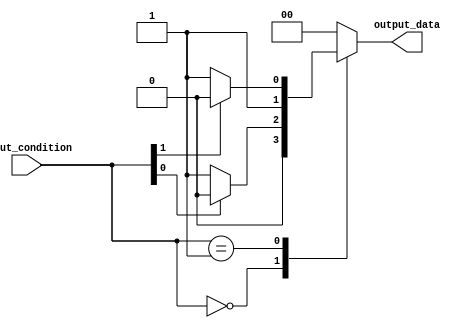
module case_statement_with_if_else (
    input wire [3:0] input_condition,
    output reg [1:0] output_data
);

always @(*) begin
    case(input_condition)
        4'b0000: begin
            if (input_condition[0]) begin
                output_data <= 2'b00;
            end
            else begin
                output_data <= 2'b01;
            end
        end
        
        4'b0001: begin
            if (input_condition[1]) begin
                output_data <= 2'b10;
            end
            else begin
                output_data <= 2'b11;
            end
        end
        
        // Add more cases with if-else statements as needed
        
        default: begin
            output_data <= 2'b00;
        end
    endcase
end

endmodule